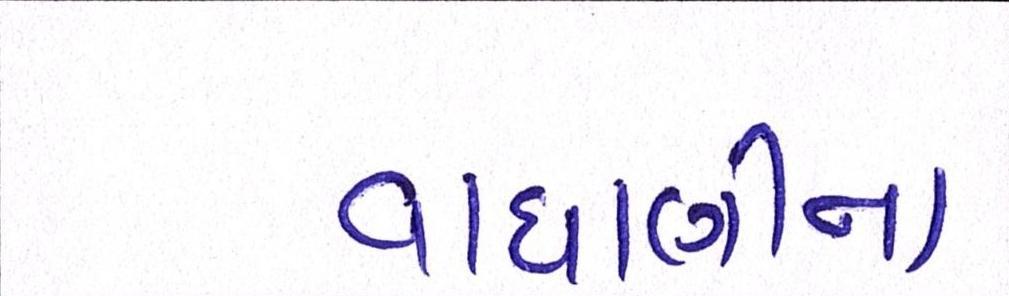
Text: વાઘાણીના